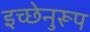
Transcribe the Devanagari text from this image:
इच्छेनुरूप